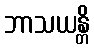
ဘာသယန္တိ